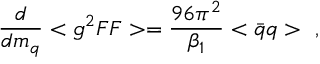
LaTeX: \frac { d } { d m _ { q } } < g ^ { 2 } F F > = \frac { 9 6 \pi ^ { 2 } } { \beta _ { 1 } } < \bar { q } q > ~ ,